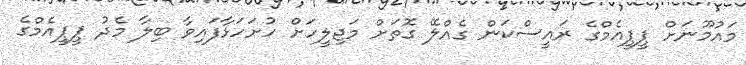
މައުމޫނަށް ޕީޕީއެމްގެ ރައީސްކަން ގެއްލޭ ގޮތަށް މަޖިލީހަށް ހުށަހަޅާފައިވާ ބިލާ މެދު ޕީޕީއެމްގެ